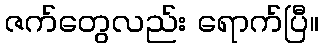
ဇက်တွေလည်း ရောက်ပြီ။